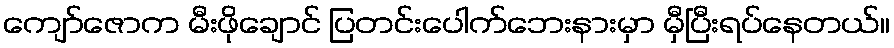
ကျော်ဇောက မီးဖိုချောင် ပြတင်းပေါက်ဘေးနားမှာ မှီပြီးရပ်နေတယ်။